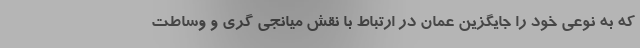
که به نوعی خود را جایگزین عمان در ارتباط با نقش میانجی گری و وساطت